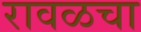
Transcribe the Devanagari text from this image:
रावळचा